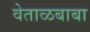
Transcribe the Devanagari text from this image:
वेताळबाबा